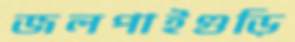
জলপাইগুড়ি